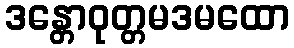
ဒန္တောဝုတ္တမဒမထော